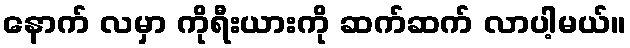
နောက် လမှာ ကိုရီးယားကို ဆက်ဆက် လာပါ့မယ်။